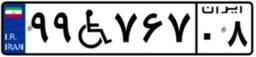
۹۹W۷۶۷۰۸